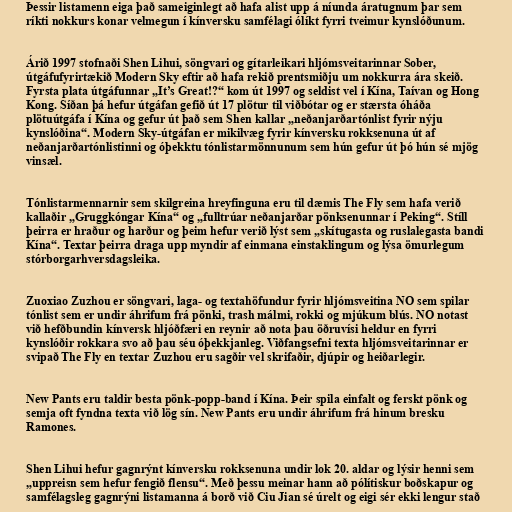
Þessir listamenn eiga það sameiginlegt að hafa alist upp á níunda áratugnum þar sem
ríkti nokkurs konar velmegun í kínversku samfélagi ólíkt fyrri tveimur kynslóðunum.

Árið 1997 stofnaði Shen Lihui, söngvari og gítarleikari hljómsveitarinnar Sober,
útgáfufyrirtækið Modern Sky eftir að hafa rekið prentsmiðju um nokkurra ára skeið.
Fyrsta plata útgáfunnar „It’s Great!?“ kom út 1997 og seldist vel í Kína, Taívan og Hong
Kong. Síðan þá hefur útgáfan gefið út 17 plötur til viðbótar og er stærsta óháða
plötuútgáfa í Kína og gefur út það sem Shen kallar „neðanjarðartónlist fyrir nýju
kynslóðina“. Modern Sky-útgáfan er mikilvæg fyrir kínversku rokksenuna út af
neðanjarðartónlistinni og óþekktu tónlistarmönnunum sem hún gefur út þó hún sé mjög
vinsæl.

Tónlistarmennarnir sem skilgreina hreyfinguna eru til dæmis The Fly sem hafa verið
kallaðir „Gruggkóngar Kína“ og „fulltrúar neðanjarðar pönksenunnar í Peking“. Stíll
þeirra er hraður og harður og þeim hefur verið lýst sem „skítugasta og ruslalegasta bandi
Kína“. Textar þeirra draga upp myndir af einmana einstaklingum og lýsa ömurlegum
stórborgarhversdagsleika.

Zuoxiao Zuzhou er söngvari, laga- og textahöfundur fyrir hljómsveitina NO sem spilar
tónlist sem er undir áhrifum frá pönki, trash málmi, rokki og mjúkum blús. NO notast
við hefðbundin kínversk hljóðfæri en reynir að nota þau öðruvísi heldur en fyrri
kynslóðir rokkara svo að þau séu óþekkjanleg. Viðfangsefni texta hljómsveitarinnar er
svipað The Fly en textar Zuzhou eru sagðir vel skrifaðir, djúpir og heiðarlegir.

New Pants eru taldir besta pönk-popp-band í Kína. Þeir spila einfalt og ferskt pönk og
semja oft fyndna texta við lög sín. New Pants eru undir áhrifum frá hinum bresku
Ramones.

Shen Lihui hefur gagnrýnt kínversku rokksenuna undir lok 20. aldar og lýsir henni sem
„uppreisn sem hefur fengið flensu“. Með þessu meinar hann að pólítiskur boðskapur og
samfélagsleg gagnrýni listamanna á borð við Ciu Jian sé úrelt og eigi sér ekki lengur stað